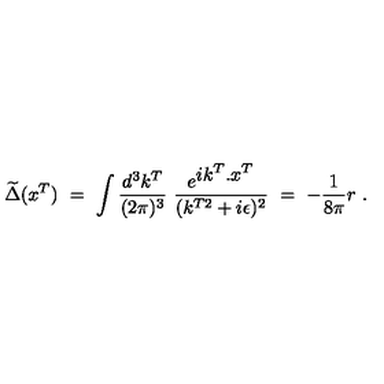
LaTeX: \widetilde \Delta ( x ^ { T } ) \ = \ \int \frac { d ^ { 3 } k ^ { T } } { ( 2 \pi ) ^ { 3 } } \ \frac { e ^ { { \displaystyle i k ^ { T } . x ^ { T } } } } { ( k ^ { T 2 } + i \epsilon ) ^ { 2 } } \ = \ - \frac { 1 } { 8 \pi } r \ .